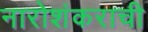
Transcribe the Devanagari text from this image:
नारोशंकराची